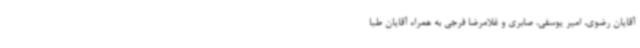
آقایان رضوی، امیر یوسفی، صابری و غلامرضا فرجی به همراه آقایان طبا